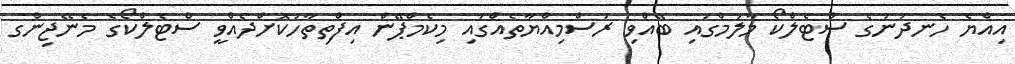
އިއްޔެ ހެނދުނުގެ ސްޓެލްކޯ މާލަމްގައި ބޭއްވި ރަސްމިއްޔާތެއްގައި މިކެމްޕޭން އިފްތިތާހުކޮށްދެއްވީ ސްޓެލްކޯގެ މެނޭޖިންގ